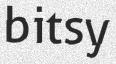
bitsy